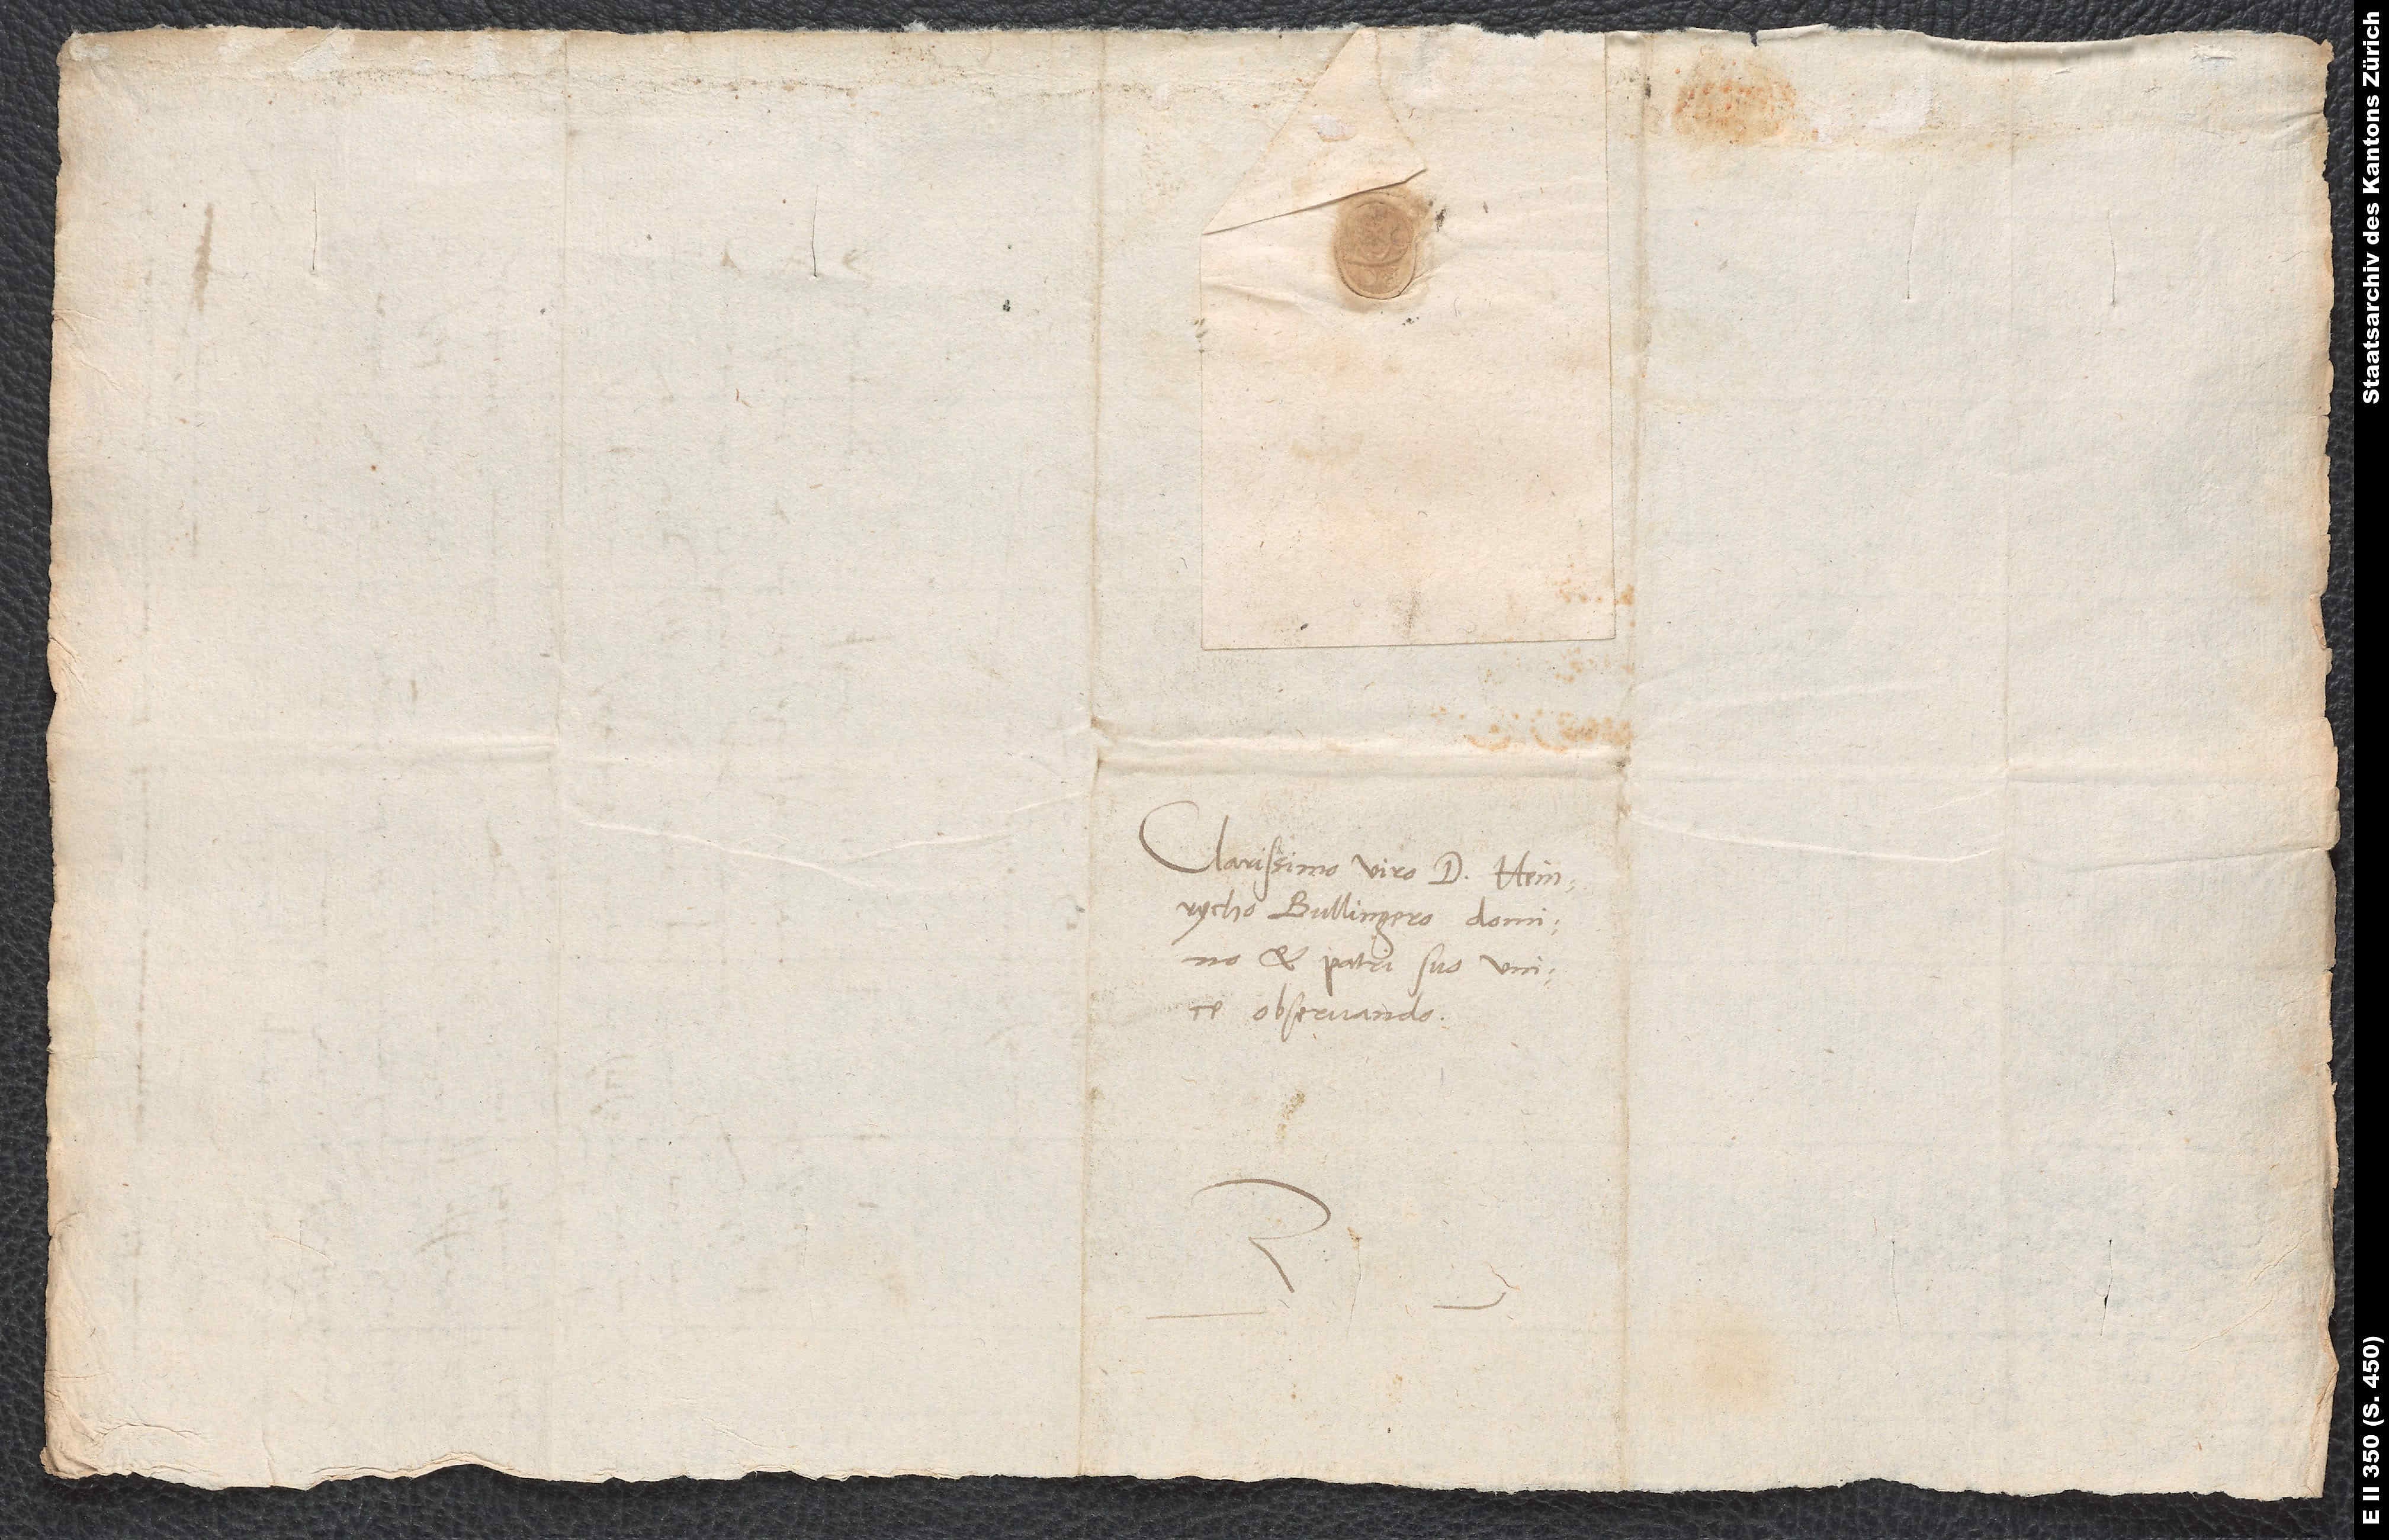
Clarissimo viro d. Heinrycho
Bullingero, domino
et patri suo unice
observando.